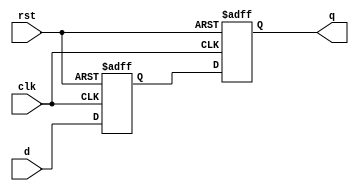
`timescale 1ns / 1ps
//////////////////////////////////////////////////////////////////////////////////
// Company: 
// Engineer: 
// 
// Design Name: 
// Module Name: sync2ff
// Project Name: 
// Target Devices: 
// Tool Versions: 
// Description: 
//   Synchronizer with 2 Flip-flops. Generates clock-synchronized sig_out from sig_in.
// Dependencies: 
// 
// Revision:
// Revision 0.01 - File Created
// Additional Comments:
// 
//////////////////////////////////////////////////////////////////////////////////


module sync2ff #(parameter N = 16)
(
  input [ N-1:0 ] d,
  input clk, rst,
  output reg [ N-1:0 ] q
    );

reg [ N-1:0 ] q1;
always @(posedge clk, posedge rst) begin
  if (rst) {q1, q} <= 0; 
  else {q1, q} <= {d, q1};
end 
endmodule